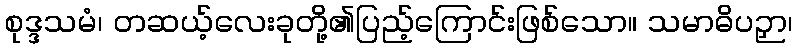
စုဒ္ဒသမံ၊ တဆယ့်လေးခုတို့၏ပြည့်ကြောင်းဖြစ်သော။ သမာဓိပဉှာ၊